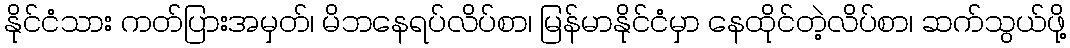
နိုင်ငံသား ကတ်ပြားအမှတ်၊ မိဘနေရပ်လိပ်စာ၊ မြန်မာနိုင်ငံမှာ နေထိုင်တဲ့လိပ်စာ၊ ဆက်သွယ်ဖို့